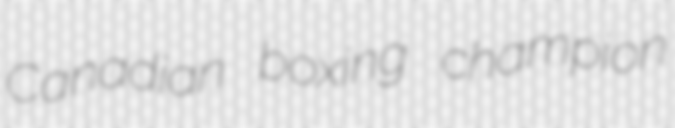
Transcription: Canadian boxing champion